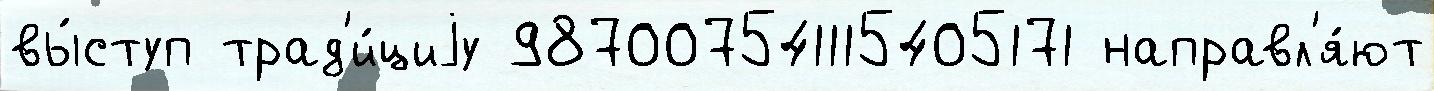
вы́ступ трад'и́циjу 987007541115405171 направл'я́ют